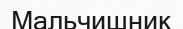
Мальчишник